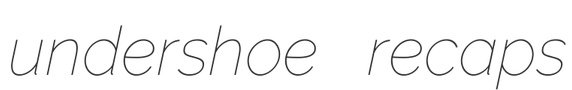
undershoe recaps